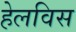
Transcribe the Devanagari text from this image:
हेलविस